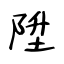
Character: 陞